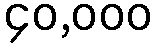
၄၀,၀၀၀